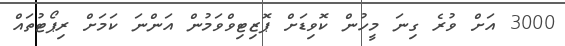
3000 އަށް ވުރެ ގިނަ މީހުން ކޮވިޑަށް ޕޮޒިޓިވްވަމުން އަންނަ ކަމަށް ރިޕޯޓުތައް